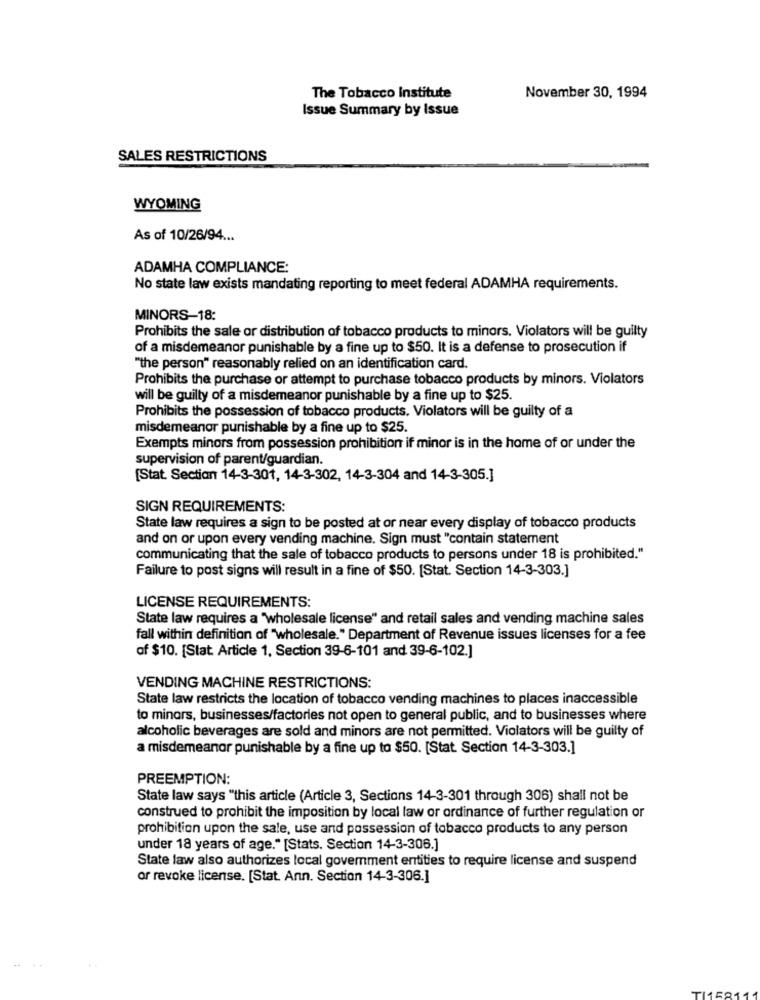
The Tobacco Institute
November 30, 1994
Issue Summary by Issue
SALES RESTRICTIONS
WYOMING
As of 10/26/94 ...
ADAMHA COMPLIANCE:
No state law exists mandating reporting to meet federal ADAMHA requirements.
MINORS-18:
Prohibits the sale or distribution of tobacco products to minors. Violators will be guilty
of a misdemeanor punishable by a fine up to $50. It is a defense to prosecution if
"the person" reasonably relied on an identification card.
Prohibits the purchase or attempt to purchase tobacco products by minors. Violators
will be guilty of a misdemeanor punishable by a fine up to $25.
Prohibits the possession of tobacco products. Violators will be guilty of a
misdemeanor punishable by a fine up to $25.
Exempts minors from possession prohibition if minor is in the home of or under the
supervision of parent/guardian.
[Stat. Section 14-3-301, 14-3-302, 14-3-304 and 14-3-305.]
SIGN REQUIREMENTS:
State law requires a sign to be posted at or near every display of tobacco products
and on or upon every vending machine. Sign must "contain statement
communicating that the sale of tobacco products to persons under 18 is prohibited."
Failure to post signs will result in a fine of $50. [Stat. Section 14-3-303.]
LICENSE REQUIREMENTS:
State law requires a "wholesale license" and retail sales and vending machine sales
fall within definition of "wholesale." Department of Revenue issues licenses for a fee
of $10. [Stat Article 1, Section 39-6-101 and 39-6-102.]
VENDING MACHINE RESTRICTIONS:
State law restricts the location of tobacco vending machines to places inaccessible
to minors, businesses/factories not open to general public, and to businesses where
alcoholic beverages are sold and minors are not permitted. Violators will be guilty of
a misdemeanor punishable by a fine up to $50. [Stat. Section 14-3-303.]
PREEMPTION:
State law says "this article (Article 3, Sections 14-3-301 through 306) shall not be
construed to prohibit the imposition by local law or ordinance of further regulation or
prohibition upon the sale, use and possession of tobacco products to any person
under 18 years of age." [Stats. Section 14-3-306.]
State law also authorizes local government entities to require license and suspend
or revoke license. [Stat. Ann. Section 14-3-306.]